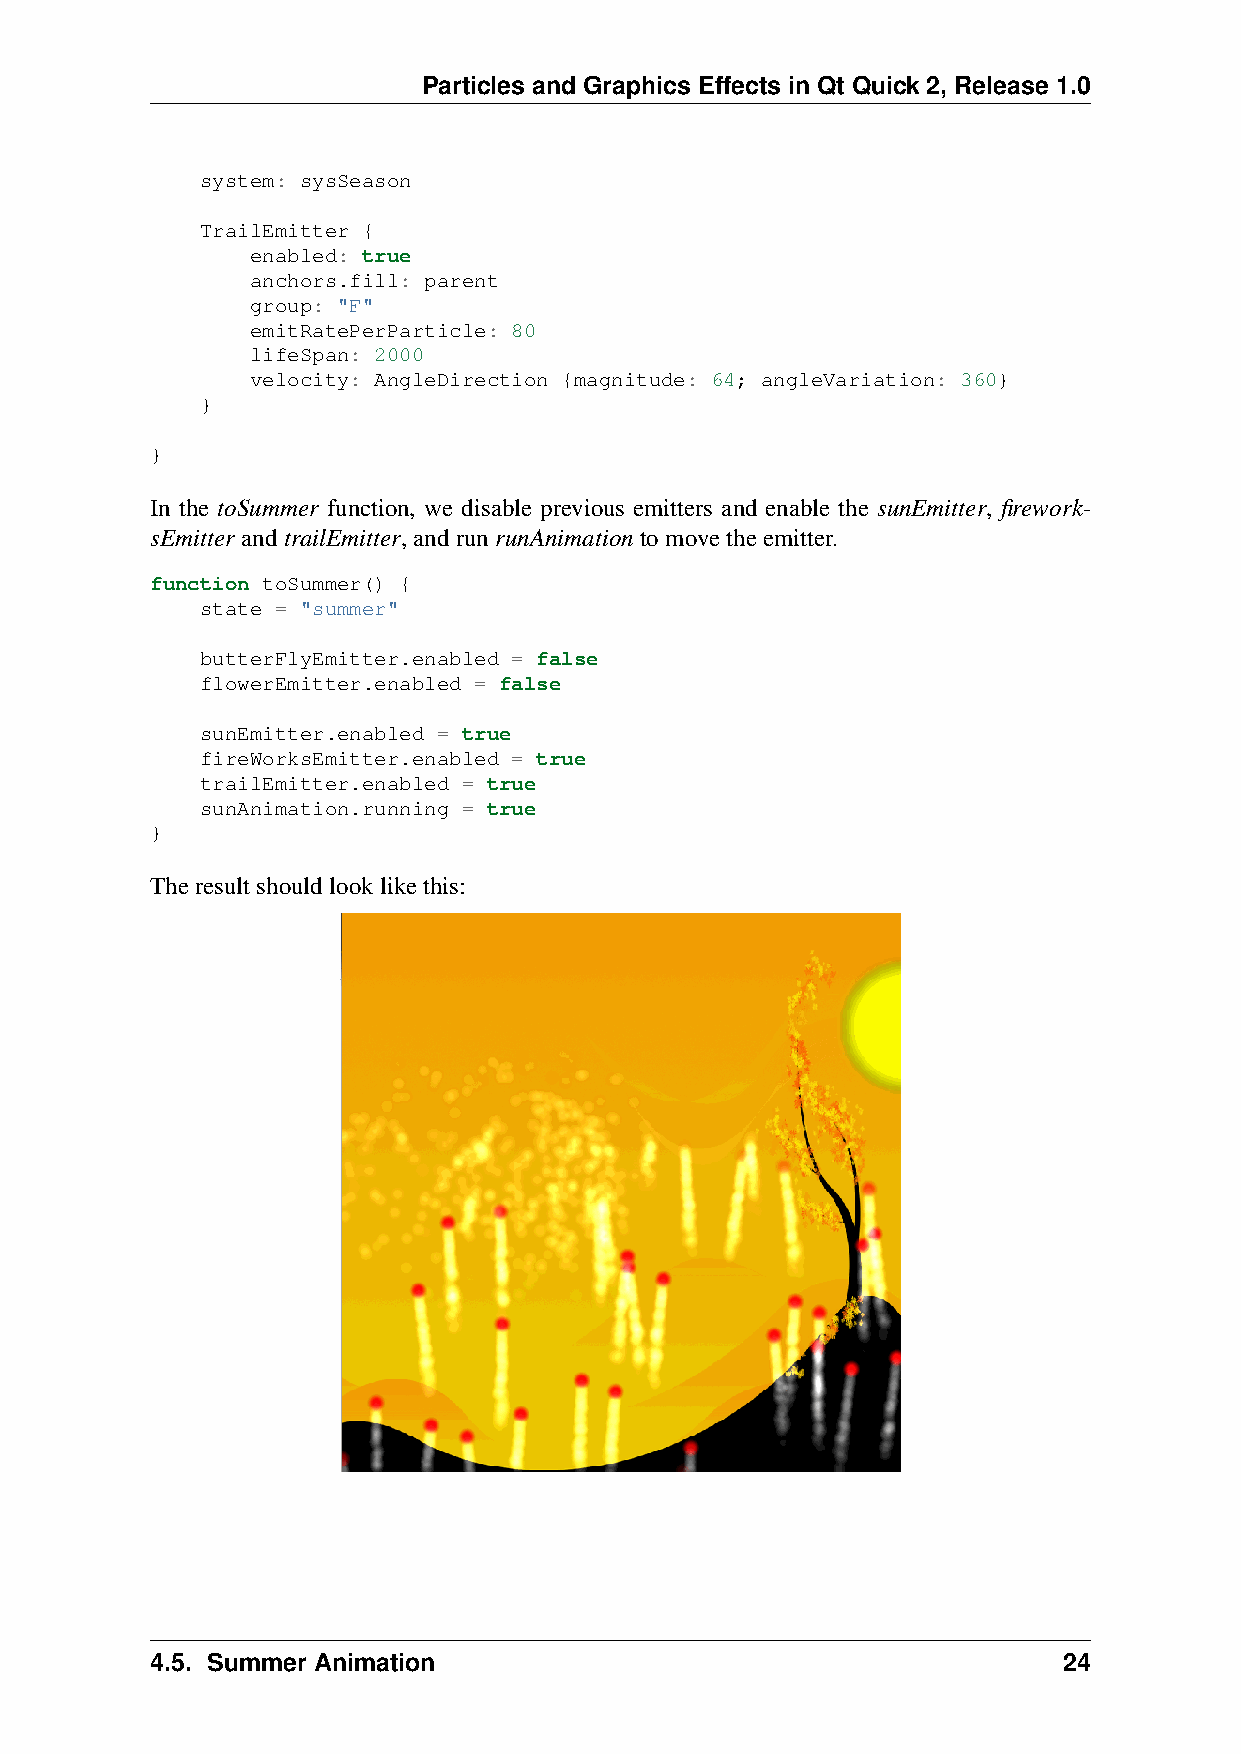
Particles and Graphics Effects in Qt Quick 2, Release 1.0
 system: sysSeason
 TrailEmitter {
 enabled: true
 anchors.fill: parent
 group: "F"
 emitRatePerParticle: 80
 lifeSpan: 2000
 velocity: AngleDirection {magnitude: 64; angleVariation: 360}
 }
 }
 In the toSummer function, we disable previous emitters and enable the sunEmitter, firework-
 sEmitter andtrailEmitter,andrunrunAnimationtomovetheemitter.
 function toSummer() {
 state = "summer"
 butterFlyEmitter.enabled = false
 flowerEmitter.enabled = false
 sunEmitter.enabled = true
 fireWorksEmitter.enabled = true
 trailEmitter.enabled = true
 sunAnimation.running = true
 }
 Theresultshouldlooklikethis:
 4.5. Summer Animation                                       24